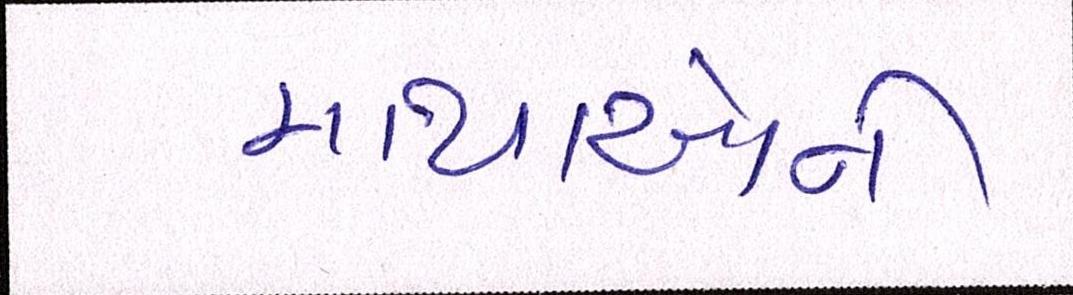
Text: માથાઓની